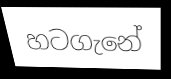
හටගැනේ